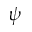
\psi